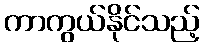
ကာကွယ်နိုင်သည့်